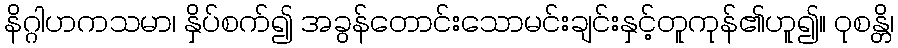
နိဂ္ဂါဟကသမာ၊ နှိပ်စက်၍ အခွန်တောင်းသောမင်းချင်းနှင့်တူကုန်၏ဟူ၍။ ဝုစန္တိ၊